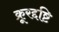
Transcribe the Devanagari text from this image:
क्रूरद्दष्टि